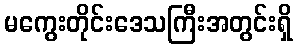
မကွေးတိုင်းဒေသကြီးအတွင်းရှိ